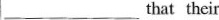
___that their